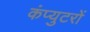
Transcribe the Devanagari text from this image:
कंप्युटरों